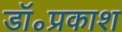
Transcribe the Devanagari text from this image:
डॉ॰प्रकाश